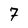
Character: 7